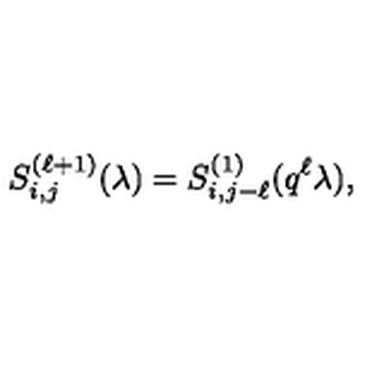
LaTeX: S _ { i , j } ^ { ( \ell + 1 ) } ( \lambda ) = S _ { i , j - \ell } ^ { ( 1 ) } ( q ^ { \ell } \lambda ) ,